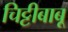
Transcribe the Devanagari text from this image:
चिट्टीबाबू